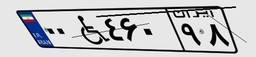
۲۰W۶۱۹۳۵